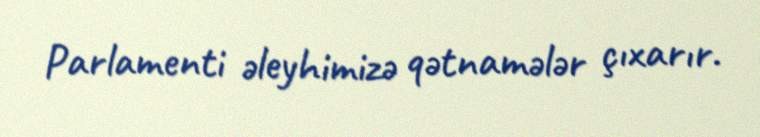
Parlamenti əleyhimizə qətnamələr çıxarır.